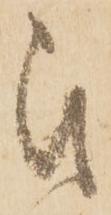
被